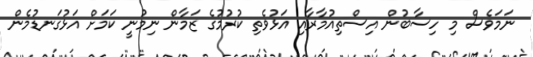
ނަމަވެސް މި ހިސާބުން އިސްތިއުމާރާއި އަޅުވެތި ކުރުމުގެ ޒަމާން ނިމުނީ ކަމަށް އަޅުގަނޑުމެން